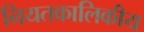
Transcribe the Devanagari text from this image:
नियतकालिकीय